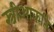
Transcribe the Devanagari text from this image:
स्त्रीआकृति